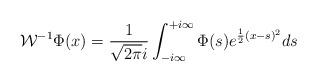
LaTeX: \begin{align*}\mathcal W^{-1}\Phi(x)=\frac{1}{\sqrt{2\pi} i}\int_{-i\infty}^{+i\infty}\Phi(s)e^{\frac{1}{2}(x-s)^2}ds\end{align*}